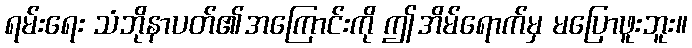
ရမ်းရေး သံဘိုနာပတ်၏အကြောင်းကို ဤအိမ်ရောက်မှ မပြောဖူးဘူး။